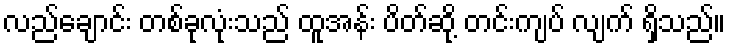
လည်ချောင်း တစ်ခုလုံးသည် ထူအန်း ပိတ်ဆို့ တင်းကျပ် လျက် ရှိသည်။